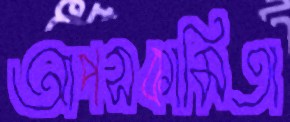
আপসকামিতা